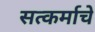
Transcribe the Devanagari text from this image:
सत्कर्माचे